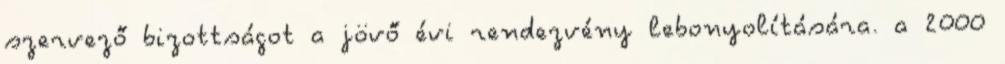
szervező bizottságot a jövő évi rendezvény lebonyolítására. a 2000